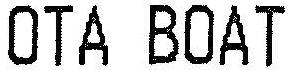
OTA BOAT